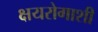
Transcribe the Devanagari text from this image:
क्षयरोगाशी